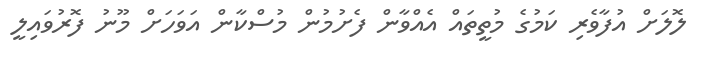
ލޮލަށް އުފާވެރި ކަމުގެ މުތީތައް އެއްވާން ފެށުމުން މުސްކާން އަވަހަށް މޫނު ފޮރުވައިލީ